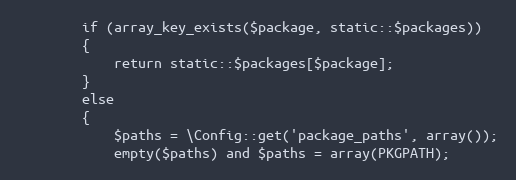
Language: PHP
		if (array_key_exists($package, static::$packages))
		{
			return static::$packages[$package];
		}
		else
		{
			$paths = \Config::get('package_paths', array());
			empty($paths) and $paths = array(PKGPATH);